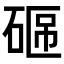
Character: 𥓟